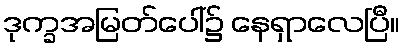
ဒုက္ခအမြတ်ပေါ်၌ နေရှာလေပြီ။